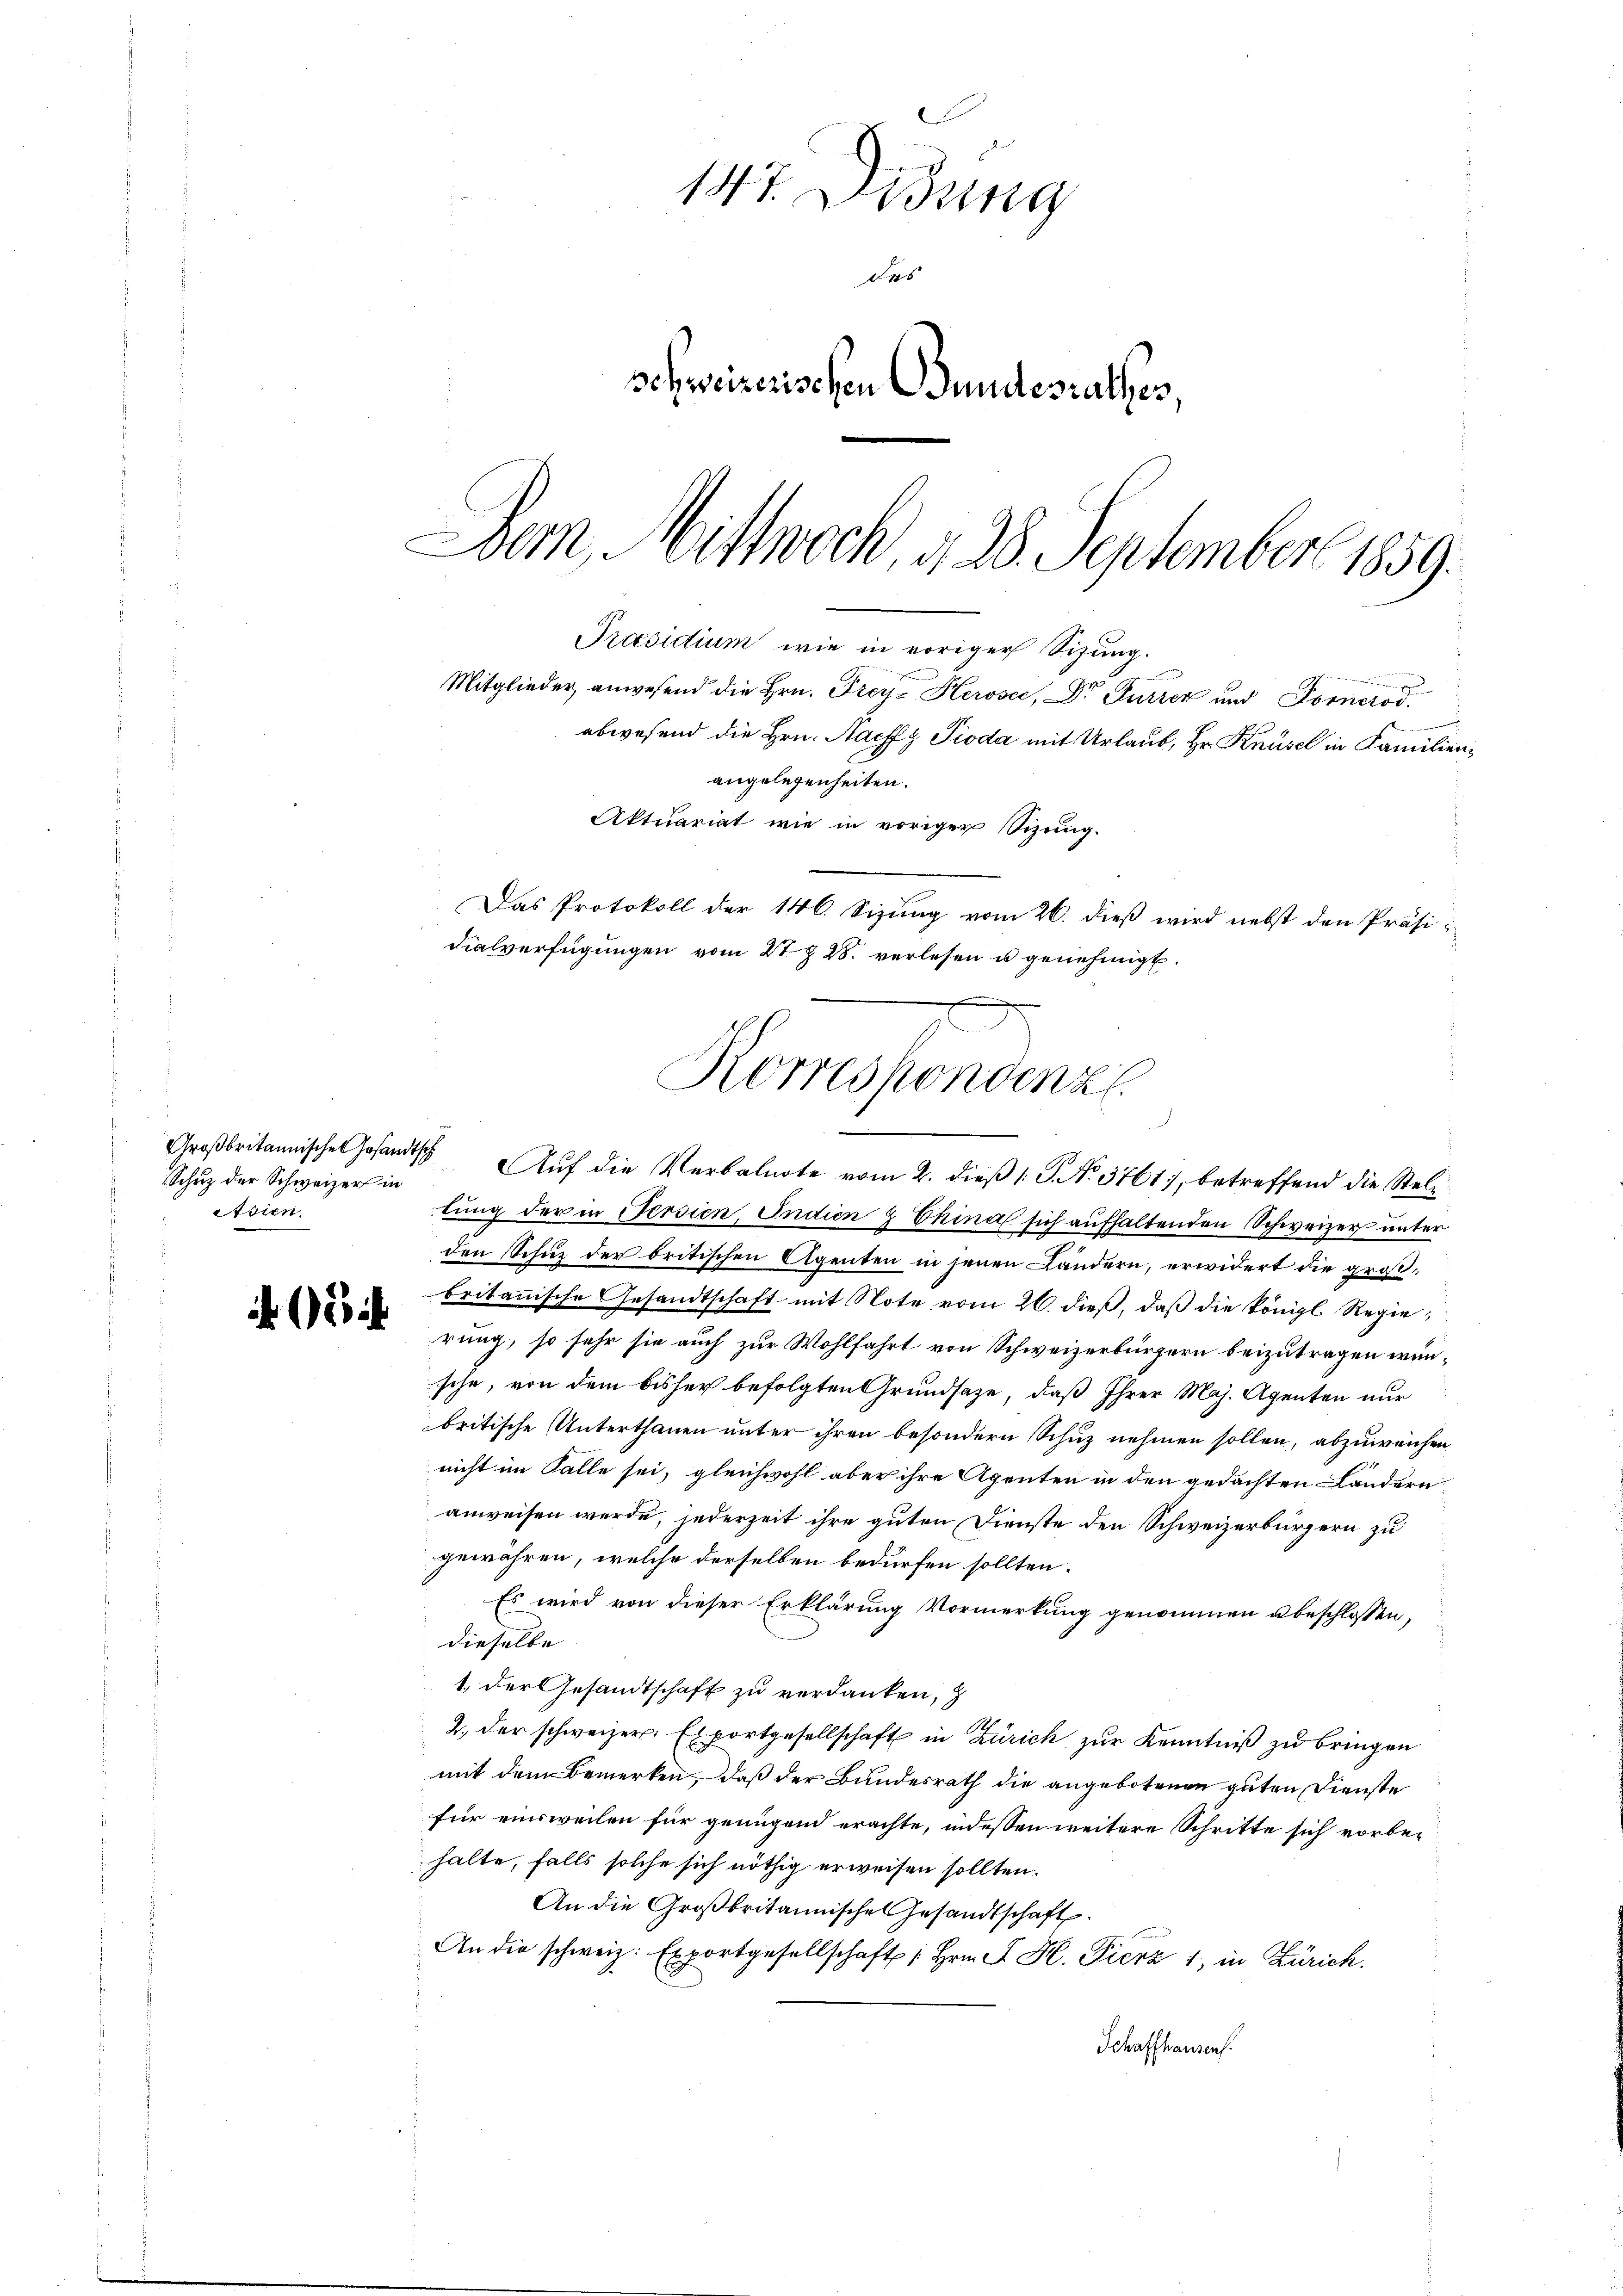
Großbritannische Gesandtsch
Schuz der Schweizer in
Asien.

147. Didung
deb
schweizerischen Bundesrathes,
Bern, Mittwoch, d. 28. September 1859.
Praesidium wie in voriger Sitzung.
e
Mitglieder anwesend die Hrn. Frey- Herosec, Dr Gurter und Forneros
.
abwesend die Hrn. Nachfz Pioda mit Urlaub, Hr. Knüsel in Familienangelegenheiten.

Das Protokoll der 146. Sizung vom 26. dieß wird nebst den Präsidialverfügungen vom 21. 28. verlesen u genehmigt.
Korreshondenz
.
Auf die Verbalnote vom 2. dieß 1 S. No. 3761, betreffend die Stel¬

Aktuariat wie in voriger Sizung.

tung der in Persien, Indien & Chinal sich aufhaltenden Schweizer unter
den Schuz der britischen Agenten in jenen Ländern, erwidert die großbritannische Gesandtschaft mit Note vom 26. dieß, daß die königl. Regierung, so sehr sie auch zur Wohlfahrt von Schweizerbürgern beizutragen wünsche, von dem bisher befolgten Grundsaze, daß Ihrer Maj. Agenten nur
britische Unterthanen unter ihren besondern Schuz nehmen sollen, abzuweichen
nicht im Falle sei, gleichwohl aber ihre Agenten in den gedachten Ländern,
anweisen werde, jederzeit ihre guten Dienste den Schweizerbürgern zu
gewähren, welche derselben bedürfen sollten.
Es wird von dieser Erklärung Vormerkung genommen u beschlossen,
dieselbe
1., der Gesandtschaft zu verdanken,
2. der schweizer. Exportgesellschaft in Zürich zur Kenntniß zu bringen
mit dem Bemerken, daß der Bundesrath die angebotenen guten Dienste
für einsweilen für genügend erachte, indessen weitere Schritte sich vorbehalte, falls solche sich nöthig erweisen sollten.
An die Großbritannische Gesandtschaft.
An die schweiz. Exportgesellschaft 1 Hrn. F. H. Fierz 1, in Zürich.
Schaffhausen.